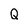
Character: Q